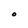
Character: O